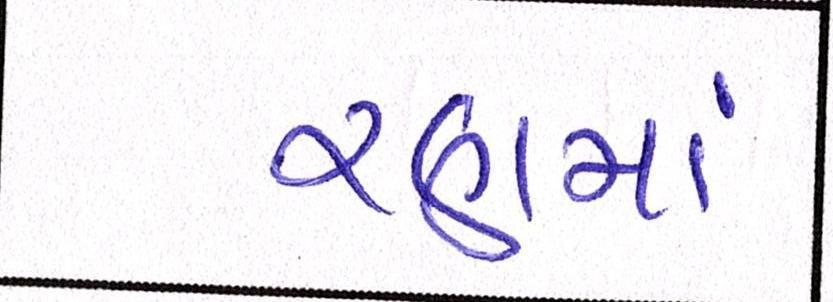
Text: રણમાં